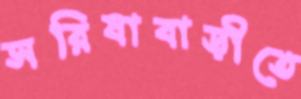
সরিষাবাড়ীতে